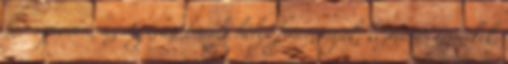
híres piacán, az Agorán kínált helyi finomságok, kézműves termékek,